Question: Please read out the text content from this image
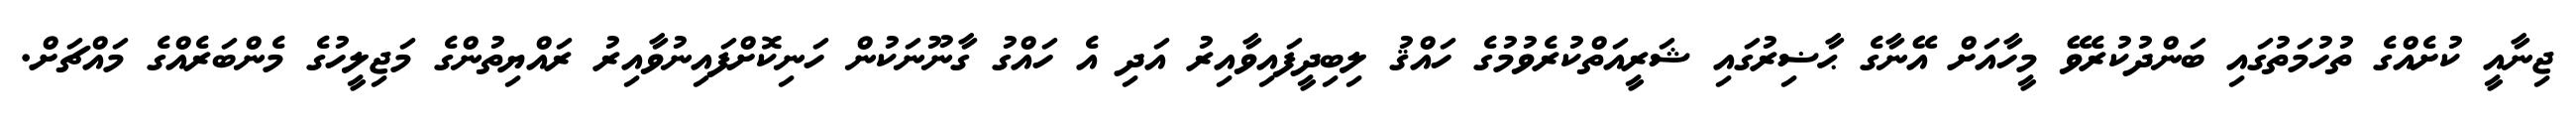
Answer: ޖިނާއީ ކުށެއްގެ ތުހުމަތުގައި ބަންދުކުރެވޭ މީހާއަށް އޭނާގެ ޙާޟިރުގައި ޝަރީއަތްކުރެވުމުގެ ހައްޤު ލިބިދީފައިވާއިރު އަދި އެ ހައްގު ގާނޫނަކުން ހަނިކޮށްފައިނުވާއިރު ރައްޔިތުންގެ މަޖިލީހުގެ މެންބަރެއްގެ މައްޗަށް.